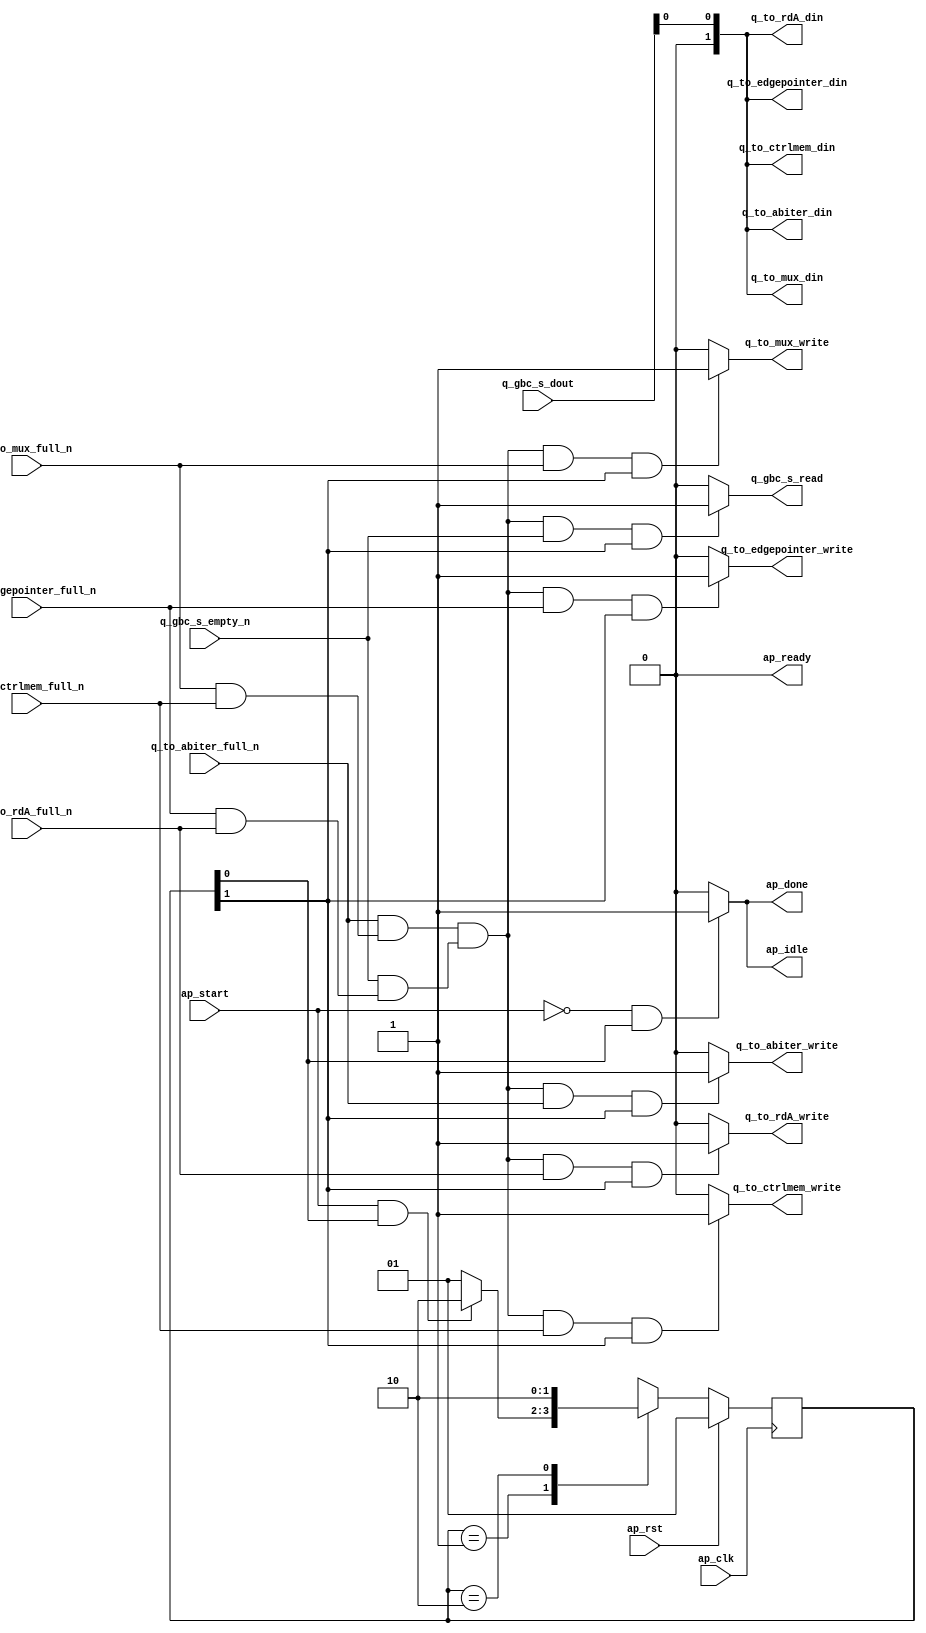
// ==============================================================
// RTL generated by Vitis HLS - High-Level Synthesis from C, C++ and OpenCL v2022.2 (64-bit)
// Version: 2022.2
// Copyright (C) Copyright 1986-2022 Xilinx, Inc. All Rights Reserved.
//
// ===========================================================

`timescale 1 ns / 1 ps

module term_signal_router_term_signal_router_Pipeline_spin (
        ap_clk,
        ap_rst,
        ap_start,
        ap_done,
        ap_idle,
        ap_ready,
        q_gbc_s_dout,
        q_gbc_s_empty_n,
        q_gbc_s_read,
        q_to_rdA_din,
        q_to_rdA_full_n,
        q_to_rdA_write,
        q_to_edgepointer_din,
        q_to_edgepointer_full_n,
        q_to_edgepointer_write,
        q_to_abiter_din,
        q_to_abiter_full_n,
        q_to_abiter_write,
        q_to_ctrlmem_din,
        q_to_ctrlmem_full_n,
        q_to_ctrlmem_write,
        q_to_mux_din,
        q_to_mux_full_n,
        q_to_mux_write
);

parameter    ap_ST_fsm_state1 = 2'd1;
parameter    ap_ST_fsm_state2 = 2'd2;

input   ap_clk;
input   ap_rst;
input   ap_start;
output   ap_done;
output   ap_idle;
output   ap_ready;
input  [1:0] q_gbc_s_dout;
input   q_gbc_s_empty_n;
output   q_gbc_s_read;
output  [1:0] q_to_rdA_din;
input   q_to_rdA_full_n;
output   q_to_rdA_write;
output  [1:0] q_to_edgepointer_din;
input   q_to_edgepointer_full_n;
output   q_to_edgepointer_write;
output  [1:0] q_to_abiter_din;
input   q_to_abiter_full_n;
output   q_to_abiter_write;
output  [1:0] q_to_ctrlmem_din;
input   q_to_ctrlmem_full_n;
output   q_to_ctrlmem_write;
output  [1:0] q_to_mux_din;
input   q_to_mux_full_n;
output   q_to_mux_write;

reg ap_done;
reg ap_idle;
reg q_gbc_s_read;
reg q_to_rdA_write;
reg q_to_edgepointer_write;
reg q_to_abiter_write;
reg q_to_ctrlmem_write;
reg q_to_mux_write;

(* fsm_encoding = "none" *) reg   [1:0] ap_CS_fsm;
wire    ap_CS_fsm_state1;
wire   [0:0] tmp_nbreadreq_fu_42_p3;
wire    ap_CS_fsm_state2;
wire   [0:0] and_ln244_fu_155_p2;
wire   [1:0] p_0_fu_169_p3;
wire   [0:0] and_ln244_1_fu_131_p0;
wire   [0:0] and_ln244_1_fu_131_p1;
wire   [0:0] and_ln244_1_fu_131_p2;
wire   [0:0] and_ln244_3_fu_143_p0;
wire   [0:0] and_ln244_3_fu_143_p1;
wire   [0:0] and_ln244_3_fu_143_p2;
wire   [0:0] and_ln244_4_fu_149_p1;
wire   [0:0] and_ln244_4_fu_149_p2;
wire   [0:0] and_ln244_2_fu_137_p2;
wire   [0:0] trunc_ln78_fu_165_p1;
reg   [1:0] ap_NS_fsm;
reg    ap_ST_fsm_state1_blk;
wire    ap_ST_fsm_state2_blk;
wire    ap_ce_reg;

// power-on initialization
initial begin
#0 ap_CS_fsm = 2'd1;
end

always @ (posedge ap_clk) begin
    if (ap_rst == 1'b1) begin
        ap_CS_fsm <= ap_ST_fsm_state1;
    end else begin
        ap_CS_fsm <= ap_NS_fsm;
    end
end

always @ (*) begin
    if ((ap_start == 1'b0)) begin
        ap_ST_fsm_state1_blk = 1'b1;
    end else begin
        ap_ST_fsm_state1_blk = 1'b0;
    end
end

assign ap_ST_fsm_state2_blk = 1'b0;

always @ (*) begin
    if (((ap_start == 1'b0) & (1'b1 == ap_CS_fsm_state1))) begin
        ap_done = 1'b1;
    end else begin
        ap_done = 1'b0;
    end
end

always @ (*) begin
    if (((ap_start == 1'b0) & (1'b1 == ap_CS_fsm_state1))) begin
        ap_idle = 1'b1;
    end else begin
        ap_idle = 1'b0;
    end
end

always @ (*) begin
    if (((1'd1 == and_ln244_fu_155_p2) & (q_gbc_s_empty_n == 1'b1) & (1'b1 == ap_CS_fsm_state2))) begin
        q_gbc_s_read = 1'b1;
    end else begin
        q_gbc_s_read = 1'b0;
    end
end

always @ (*) begin
    if (((1'd1 == and_ln244_fu_155_p2) & (q_to_abiter_full_n == 1'b1) & (1'b1 == ap_CS_fsm_state2))) begin
        q_to_abiter_write = 1'b1;
    end else begin
        q_to_abiter_write = 1'b0;
    end
end

always @ (*) begin
    if (((1'd1 == and_ln244_fu_155_p2) & (q_to_ctrlmem_full_n == 1'b1) & (1'b1 == ap_CS_fsm_state2))) begin
        q_to_ctrlmem_write = 1'b1;
    end else begin
        q_to_ctrlmem_write = 1'b0;
    end
end

always @ (*) begin
    if (((1'd1 == and_ln244_fu_155_p2) & (q_to_edgepointer_full_n == 1'b1) & (1'b1 == ap_CS_fsm_state2))) begin
        q_to_edgepointer_write = 1'b1;
    end else begin
        q_to_edgepointer_write = 1'b0;
    end
end

always @ (*) begin
    if (((1'd1 == and_ln244_fu_155_p2) & (q_to_mux_full_n == 1'b1) & (1'b1 == ap_CS_fsm_state2))) begin
        q_to_mux_write = 1'b1;
    end else begin
        q_to_mux_write = 1'b0;
    end
end

always @ (*) begin
    if (((1'd1 == and_ln244_fu_155_p2) & (q_to_rdA_full_n == 1'b1) & (1'b1 == ap_CS_fsm_state2))) begin
        q_to_rdA_write = 1'b1;
    end else begin
        q_to_rdA_write = 1'b0;
    end
end

always @ (*) begin
    case (ap_CS_fsm)
        ap_ST_fsm_state1 : begin
            if (((ap_start == 1'b1) & (1'b1 == ap_CS_fsm_state1))) begin
                ap_NS_fsm = ap_ST_fsm_state2;
            end else begin
                ap_NS_fsm = ap_ST_fsm_state1;
            end
        end
        ap_ST_fsm_state2 : begin
            ap_NS_fsm = ap_ST_fsm_state2;
        end
        default : begin
            ap_NS_fsm = 'bx;
        end
    endcase
end

assign and_ln244_1_fu_131_p0 = q_to_rdA_full_n;

assign and_ln244_1_fu_131_p1 = q_to_edgepointer_full_n;

assign and_ln244_1_fu_131_p2 = (and_ln244_1_fu_131_p1 & and_ln244_1_fu_131_p0);

assign and_ln244_2_fu_137_p2 = (tmp_nbreadreq_fu_42_p3 & and_ln244_1_fu_131_p2);

assign and_ln244_3_fu_143_p0 = q_to_ctrlmem_full_n;

assign and_ln244_3_fu_143_p1 = q_to_mux_full_n;

assign and_ln244_3_fu_143_p2 = (and_ln244_3_fu_143_p1 & and_ln244_3_fu_143_p0);

assign and_ln244_4_fu_149_p1 = q_to_abiter_full_n;

assign and_ln244_4_fu_149_p2 = (and_ln244_4_fu_149_p1 & and_ln244_3_fu_143_p2);

assign and_ln244_fu_155_p2 = (and_ln244_4_fu_149_p2 & and_ln244_2_fu_137_p2);

assign ap_CS_fsm_state1 = ap_CS_fsm[32'd0];

assign ap_CS_fsm_state2 = ap_CS_fsm[32'd1];

assign ap_ready = 1'b0;

assign p_0_fu_169_p3 = {{1'd0}, {trunc_ln78_fu_165_p1}};

assign q_to_abiter_din = p_0_fu_169_p3;

assign q_to_ctrlmem_din = p_0_fu_169_p3;

assign q_to_edgepointer_din = p_0_fu_169_p3;

assign q_to_mux_din = p_0_fu_169_p3;

assign q_to_rdA_din = p_0_fu_169_p3;

assign tmp_nbreadreq_fu_42_p3 = q_gbc_s_empty_n;

assign trunc_ln78_fu_165_p1 = q_gbc_s_dout[0:0];

endmodule //term_signal_router_term_signal_router_Pipeline_spin